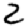
Digit: 2